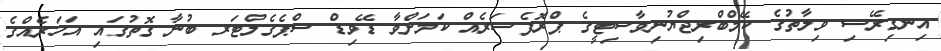
އިނގިރޭސި ވިލާތުގެ ކޭމްބްރިޖްޔުނިވާސިޓީގެ ޕްރޮފެސަރެއް ކަމަށްވާ ޑޭވިޑް ސްޕެގެލްޓަރ ބުނާ ގޮތުގައި އަހަރެއްގެ